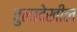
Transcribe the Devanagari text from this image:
तुलादेखील